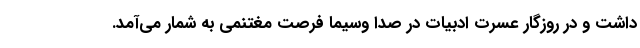
داشت و در روزگار عسرت ادبیات در صدا وسیما فرصت مغتنمی به شمار می‌آمد.